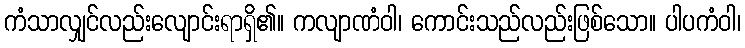
ကံသာလျှင်လည်းလျောင်းရာရှိ၏။ ကလျာဏံဝါ၊ ကောင်းသည်လည်းဖြစ်သော။ ပါပကံဝါ၊